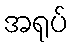
အရုပ်